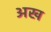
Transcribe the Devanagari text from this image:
अख